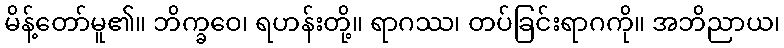
မိန့်တော်မူ၏။ ဘိက္ခဝေ၊ ရဟန်းတို့။ ရာဂဿ၊ တပ်ခြင်းရာဂကို။ အဘိညာယ၊